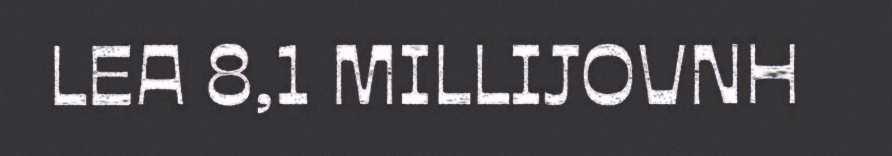
LEA 8,1 MILLIJOVNH